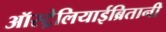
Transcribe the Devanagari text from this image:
ऑस्ट्रेलियाईब्रितानी